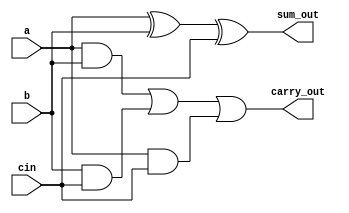
module full_adder(
    input a, b, cin,
    output sum_out, carry_out
    );
    assign sum_out   = a ^ b ^ cin;
    assign carry_out = (a & b) | (b & cin) | (a & cin);
endmodule

module parallel_adder(
    input [3:0] c, d,
    input carry_in,
    output [3:0] sum,
    output carry
    );
  wire [2:0] w;
  full_adder fa1(c[0], d[0], carry_in, sum[0], w[0]);
  full_adder fa2(c[1], d[1], w[0], sum[1], w[1]);
  full_adder fa3(c[2], d[2], w[1], sum[2], w[2]);
  full_adder fa4(c[3], d[3], w[2], sum[3], carry);
    
endmodule